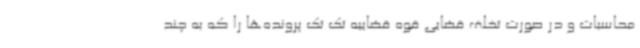
محاسبات و در صورت تخلف قضایی قوه قضاییه تک تک پرونده‌ها را که به چند